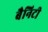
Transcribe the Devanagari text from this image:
बैनिटी